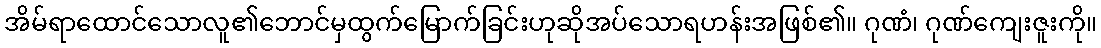
အိမ်ရာထောင်သောလူ၏ဘောင်မှထွက်မြောက်ခြင်းဟုဆိုအပ်သောရဟန်းအဖြစ်၏။ ဂုဏံ၊ ဂုဏ်ကျေးဇူးကို။